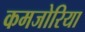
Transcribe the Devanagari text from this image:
कमजोरिया